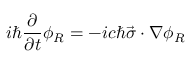
i \hbar \frac { \partial } { \partial t } \phi _ { R } = - i c \hbar \vec { \sigma } \cdot \nabla \phi _ { R }